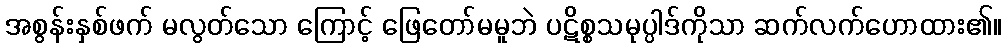
အစွန်းနှစ်ဖက် မလွတ်သော ကြောင့် ဖြေတော်မမူဘဲ ပဋိစ္စသမုပ္ပါဒ်ကိုသာ ဆက်လက်ဟောထား၏။